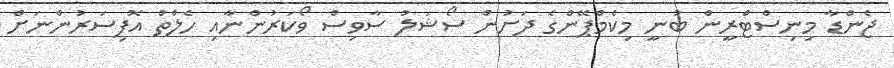
ޖެންޑާ މިނިސްޓްރީން ބުނީ މިކެމްޕޭންގެ ދަށުން ސޯޝަލް ސާވިސް ވޯކަރުންނާއި ހެލްތް އޮފިސަރުންނަށް